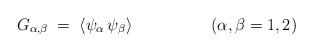
LaTeX: \begin{align*}G_{\alpha,\beta} \;=\; \langle \psi_\alpha\,\psi_\beta \rangle\hspace{2cm}(\alpha,\beta=1,2)\end{align*}